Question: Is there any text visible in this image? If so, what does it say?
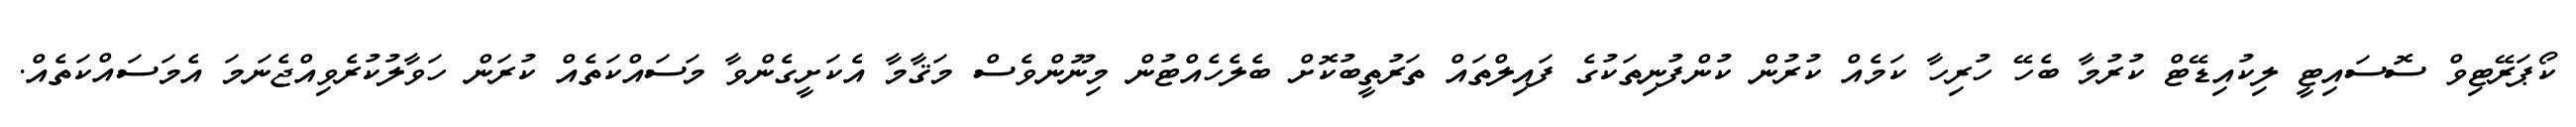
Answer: ކޯޕަރޭޓިވް ސޮސައިޓީ ލިކުއިޑޭޓް ކުރުމާ ބެހޭ ހުރިހާ ކަމެއް ކުރުން ކުންފުނިތަކުގެ ފައިލްތައް ތަރުތީބުކޮށް ބެލެހެއްޓުން މިނޫންވެސް މަޤާމާ އެކަށީގެންވާ މަސައްކަތެއް ކުރަން ހަވާލުކުރެވިއްޖެނަމަ އެމަސައްކަތެއް.